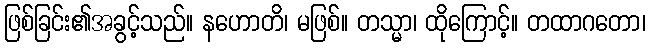
ဖြစ်ခြင်း၏အခွင့်သည်။ နဟောတိ၊ မဖြစ်။ တသ္မာ၊ ထိုကြောင့်။ တထာဂတော၊